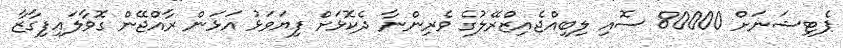
ޕެޓިޝަނަށް 80000 ސޮއި ލިބިއްޖެއިޒްރޭލުގެ ވެރިންނާ ދެކޮޅަށް ފިޔަވަޅު އަޅަން ރާއްޖޭން ގޮވާލައިފިގާޒާ